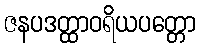
ဇနပဒတ္ထာဝရိယပတ္တော